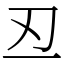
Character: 丒